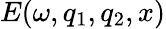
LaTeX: E(\omega,q_{1},q_{2},x)